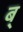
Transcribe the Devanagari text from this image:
ब्‌